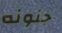
جنونه